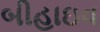
બીહાઇવ